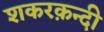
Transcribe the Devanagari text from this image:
शकरक़न्दी